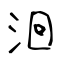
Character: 洄